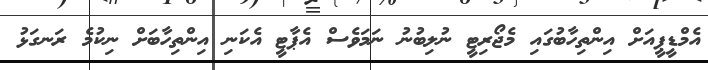
އެމްޑީޕީއަށް އިންތިހާބުގައި މެޖޯރިޓީ ނުލިބުނު ނަމަވެސް އެޕާޓީ އެކަނި އިންތިހާބަށް ނިކުމެ ރަނގަޅު